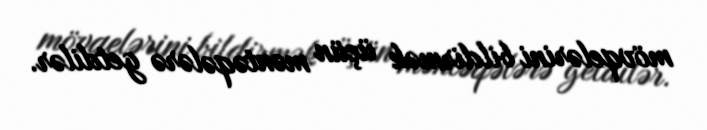
mövqelərini bildirmək üçün məntəqələrə getdilər.